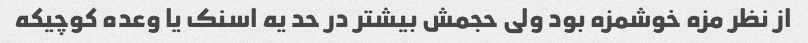
از نظر مزه خوشمزه بود ولی حجمش بیشتر در حد یه اسنک یا وعده کوچیکه